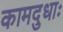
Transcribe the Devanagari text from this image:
कामदुधाः